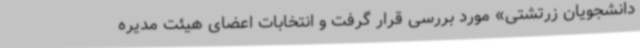
دانشجویان زرتشتی» مورد بررسی قرار گرفت و انتخابات اعضای هیئت مدیره